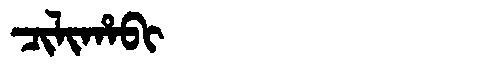
Manchu: ᠴᡳᠯᡳᡥᠠᠪᡳ
Romanization: CILIHABI